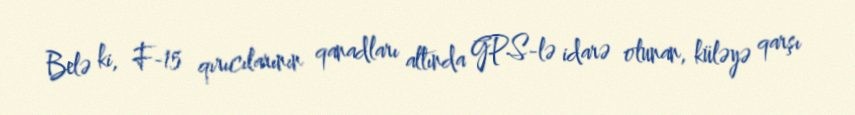
Belə ki, F-15 qırıcılarının qanadları altında GPS-lə idarə olunan, küləyə qarşı